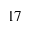
1 7